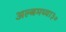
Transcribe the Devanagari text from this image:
अल्बमच्या३०